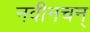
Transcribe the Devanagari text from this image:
नवीनचन्